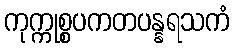
ကုက္ကုစ္စပကတပန္နရသကံ